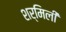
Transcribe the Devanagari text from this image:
शर्मिली